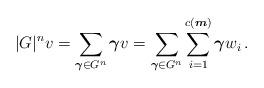
LaTeX: \begin{align*} |G|^n v = \sum_{\boldsymbol \gamma \in G^n} \boldsymbol \gamma v = \sum_{\boldsymbol \gamma \in G^n} \sum_{i = 1} ^{c(\boldsymbol m)} \boldsymbol \gamma w_i\, .\end{align*}